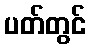
ပတ်တွင်